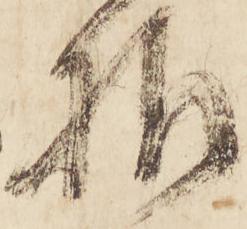
様